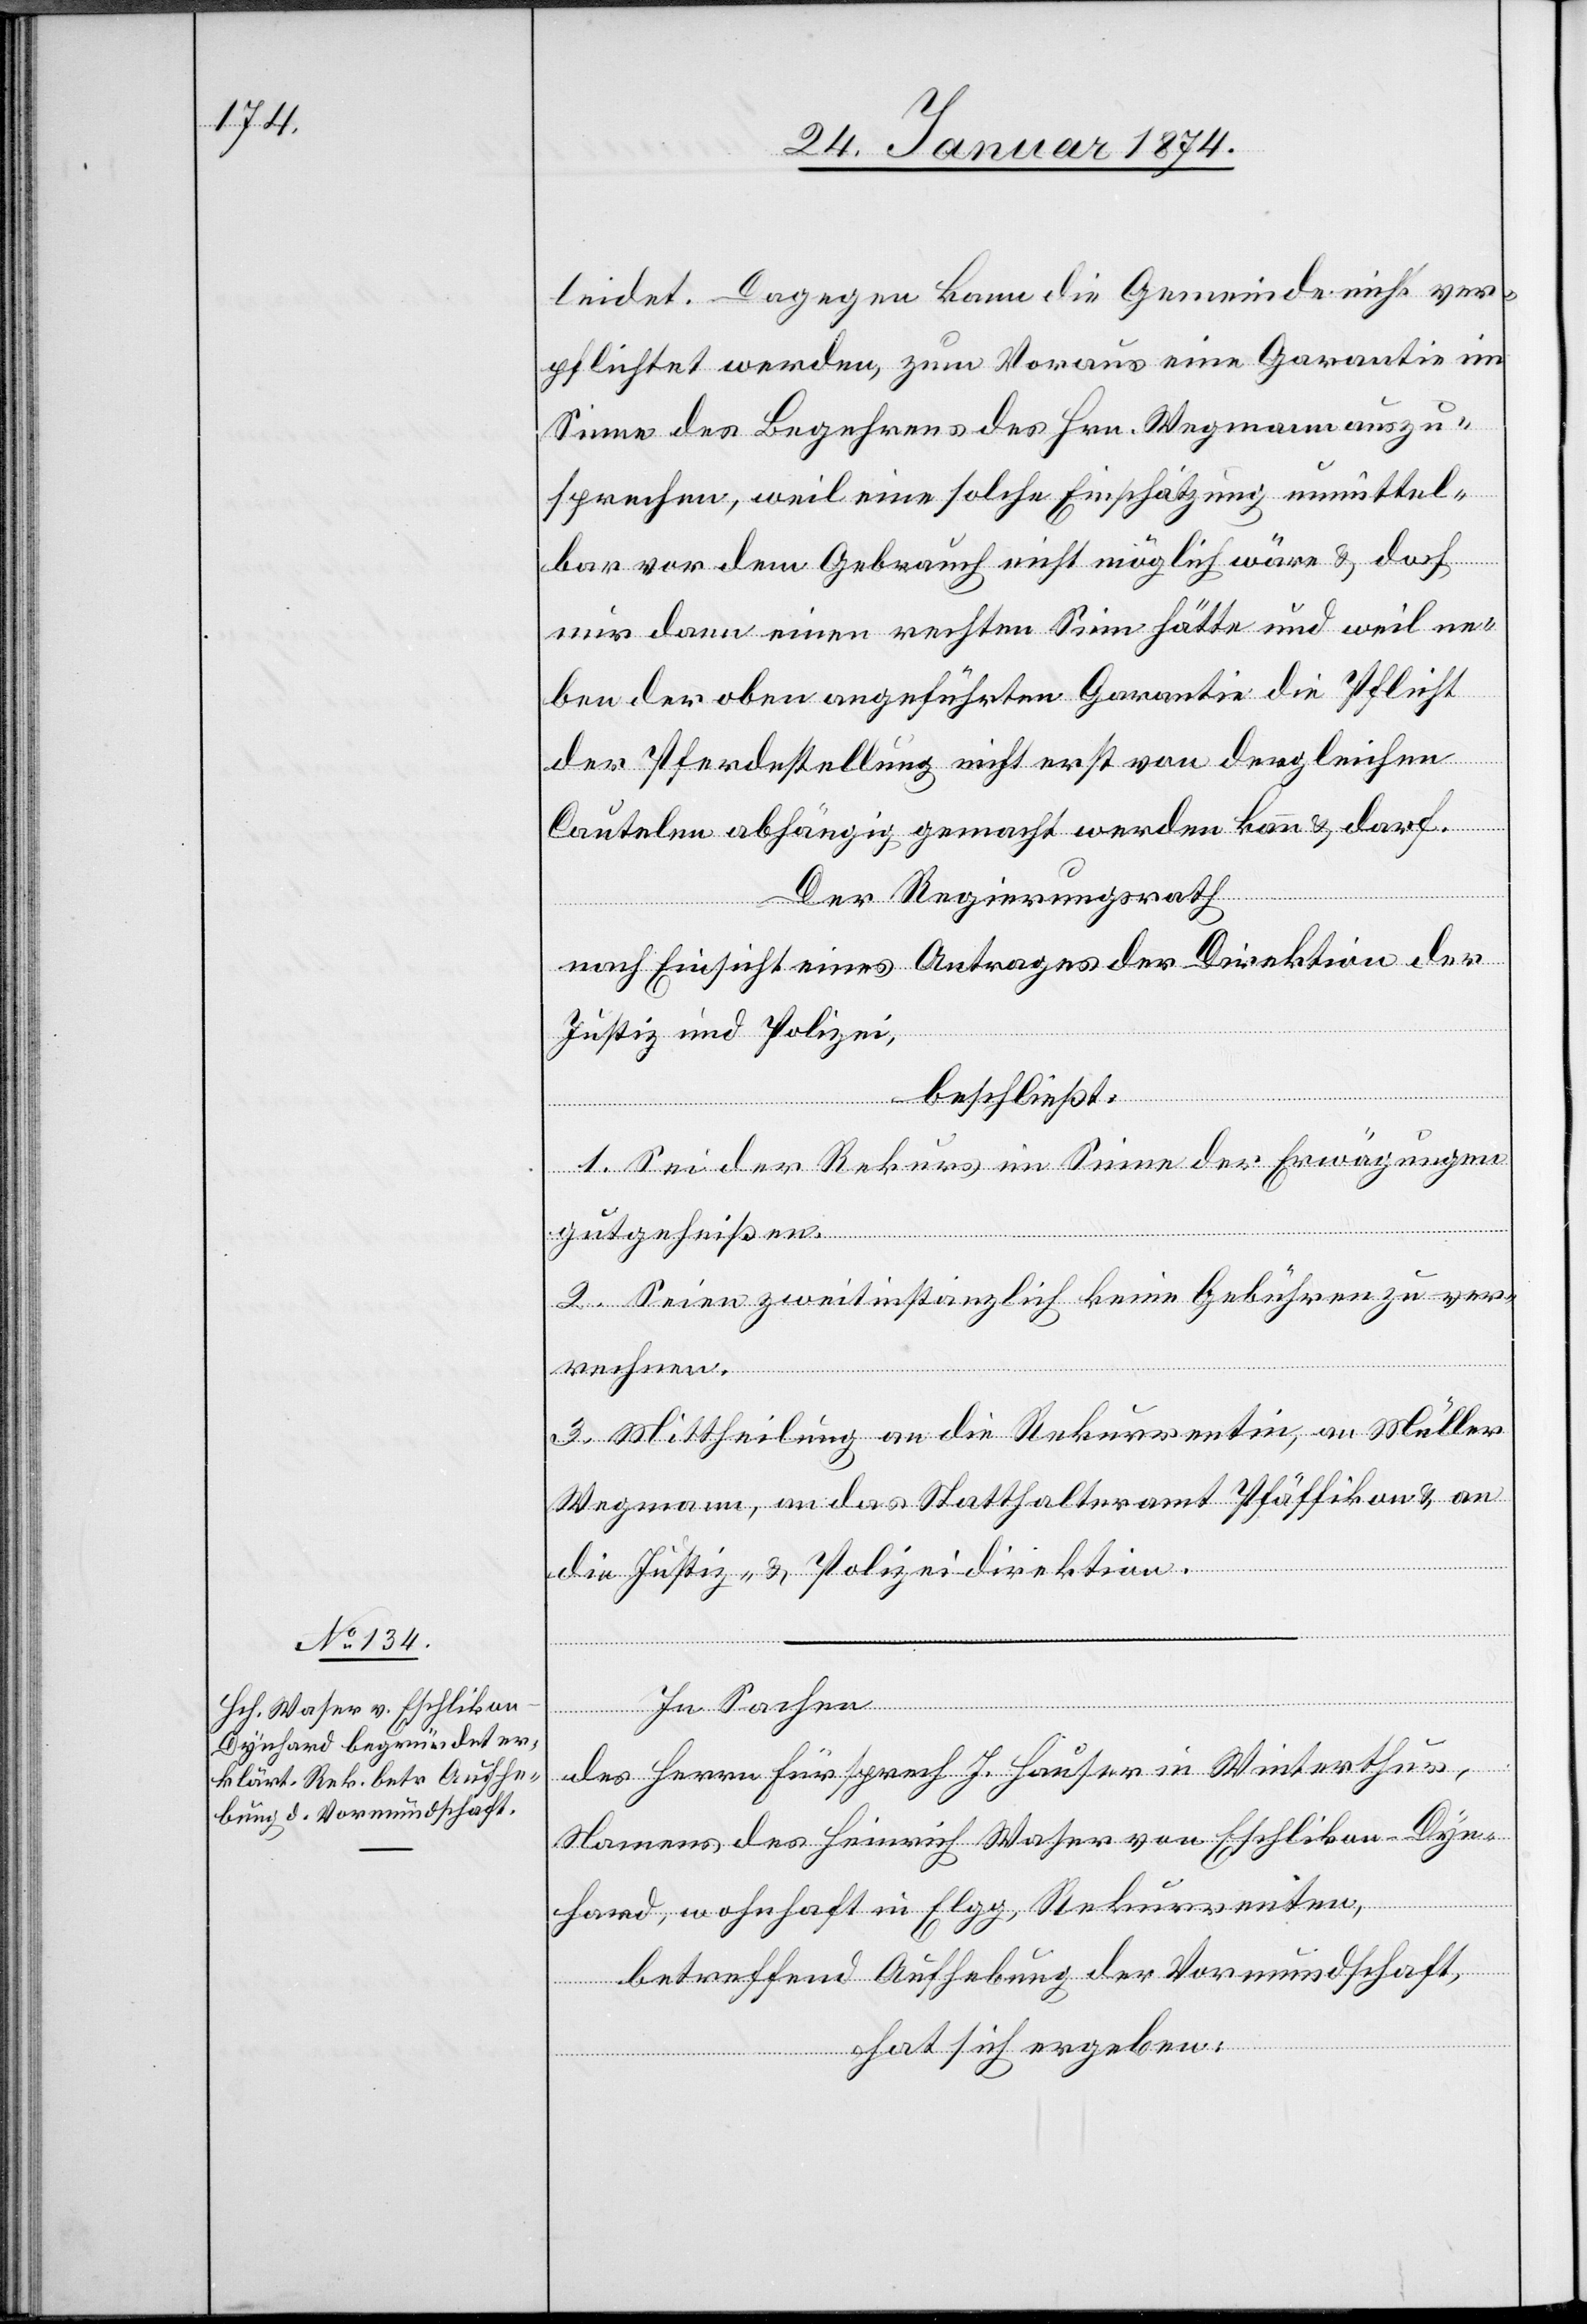
leidet. Dagegen kann die Gemeinde nicht ver¬
pflichtet werden, zum Voraus eine Garantie im
Sinne des Begehrens des Hrn. Wegmann auszu¬
sprechen, weil eine solche Einschätzung unmittel¬
bar vor dem Gebrauch nicht möglich wäre & doch
nur dann einen rechten Sinn hätte und weil ne¬
ben der oben angeführten Garantie die Pflicht
der Pferdestellung nicht erst von dergleichen
Cautelen abhängig gemacht werden kann & darf.
Der Regierungsrath
nach Einsicht eines Antrages der Direktion der
Justiz und Polizei,
beschließt:
1. Sei der Rekurs im Sinne der Erwägungen
gutgeheißen.
2. Seien zweitinstanzlich keine Gebühren zu ver¬
rechnen.
3. Mittheilung an die Rekurrentin, an Müller
Wegmann, an das Statthalteramt Pfäffikon & an
die Justiz- & Polizeidirektion.
In Sachen
des Herrn Fürsprech J. Hauser in Winterthur,
Namens des Heinrich Waser von Eschlikon Dyn¬
hard, wohnhaft in Elgg, Rekurrenten,
betreffend Aufhebung der Vormundschaft,
hat sich ergeben: